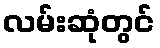
လမ်းဆုံတွင်